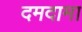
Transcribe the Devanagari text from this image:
दमदामा